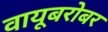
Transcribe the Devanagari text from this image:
वायूबरोबर